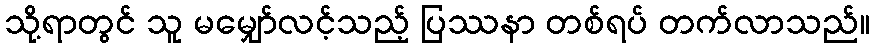
သို့ရာတွင် သူ မမျှော်လင့်သည့် ပြဿနာ တစ်ရပ် တက်လာသည်။